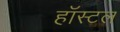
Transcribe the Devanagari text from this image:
हाॅस्टल